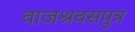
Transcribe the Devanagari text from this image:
वाजश्रवसपुत्र